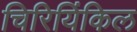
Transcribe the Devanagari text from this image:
चिरियिंकिल